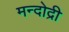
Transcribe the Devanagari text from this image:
मन्दोद्री